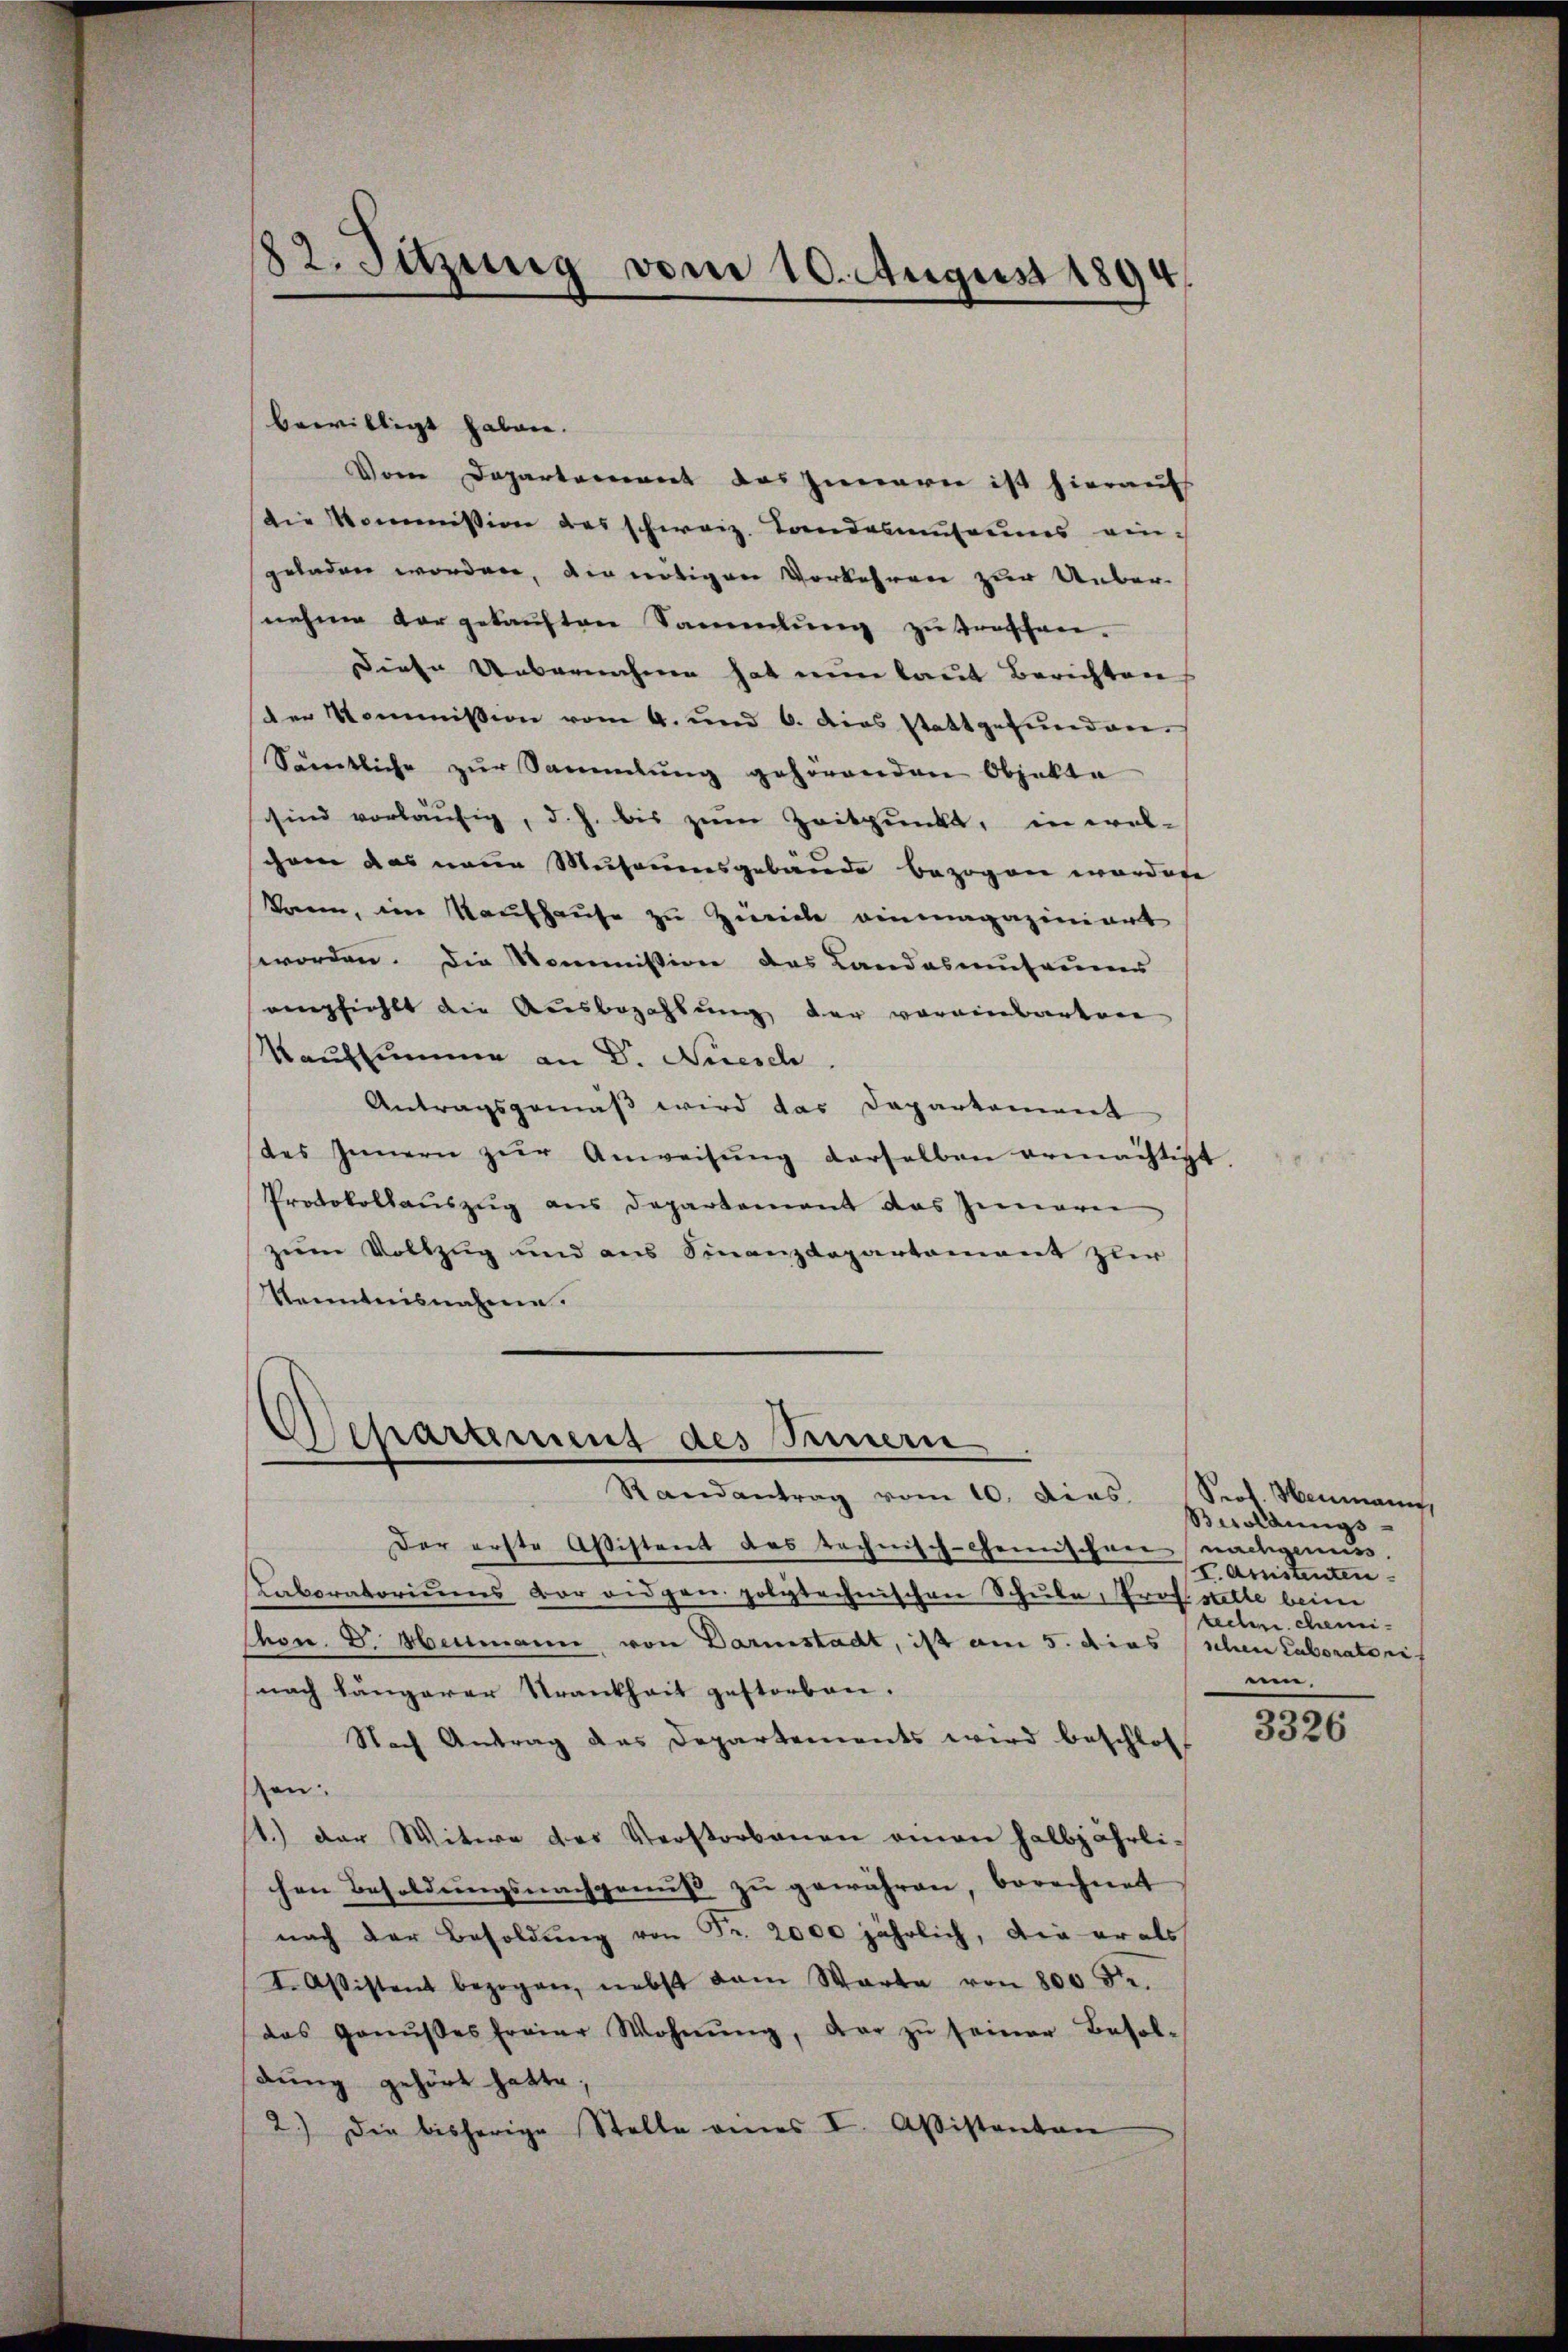
82. Sitzung vom 10. August 1894.

bewilligt haben.
Vom Departement des Inneren ist hieraufs
die Kommission des schweiz. Landasmuseums eingeladen worden, den nötigen Vorkehren zur Ueber-
nehme vorgekauften Sammlung zu verschen-
Diese Uebernehme hat nun laut Berichten
der Kommission vom 4. und 6. dies stattgefŭnden.
Sämtliche zur Sammlung gehörenden Objekte
schind vorläufig, d. h. bis zum Zeitpunkt, in wel-
schon das neue Museumsgebäude bezogen worden
konen, im Kaufhause zu Zürich einmagaziniert
worden. Die Kommission des Landasmuseums
empfiehlt die Ausbezahlung der voreinbartere
Kaufsumme an Dr. Niesch
Antragsgemäß wird das Departement
des Innern zŭr Anweisŭng derselben ermächtigt
Protokollauszug aus Departement das Inneren
zum Vollzug und aus Finanzdepartement zur
Kenntnisnahme.

Asepartement des Seinern
Randantrag vom 10. Dies. Sept. Heumann

Der erste Aßistent des technisch-Gemischen nachgenus.
Laboratoriums vor eidgen polytechnischen Schule, Prof stette beim
Chen. D. Heimann, von Darmstacht, ist am 5. dies schen Laboratoris
(nach längerer Trankheit gestorben.
Nach Antrag das Departements wird beschloss
en:
1.) der Witwe des Verstorbenen einen halbjährlichen Besoldungsnachgenuss zu gewähren, berechnet
nach der Besoldŭng von Fr. 2000 jährlich, die er als
I. Assistent bezogen, nebst dam Warte von 800 Fr.
das Gonŭses freier Wohnŭng, dar zŭ seiner Besol-
dung gehört hatte;
2.) Die bisherige Stelle eines I. Aßistanton

Beroldungs-
I. Amistenten.
rechen chemiuen,

3326